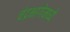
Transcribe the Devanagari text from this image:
चंद्रभागेमध्ये